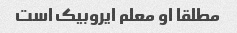
مطلقا او معلم ایروبیک است